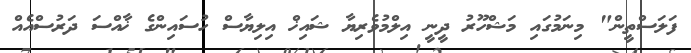
ފަލަސްތީން" މިނަމުގައި މަޝްހޫރު ދީނީ އިލްމުވެރިޔާ ޝައިޚް އިލިޔާސް ހުސައިންގެ ޚާއްސަ ދަރުސްއެއް